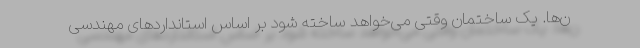
‌ن‌ها. یک ساختمان وقتی می‌خواهد ساخته شود بر اساس استانداردهای مهندسی